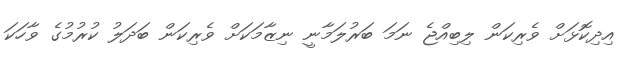
އިދިކޮޅަށް ވެރިކަން ލިބިއްޖެ ނަމަ ބަރުލަމާނީ ނިޒާމަކަށް ވެރިކަން ބަދަލު ކުރުމުގެ ވާހަކަ